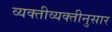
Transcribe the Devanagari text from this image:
व्यक्तीव्यक्तीनुसार